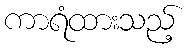
ကာရံထားသည့်